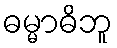
ဓမ္မာဓိဘူ